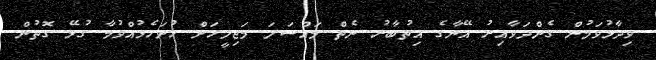
ވިދާޅުވަމުން ގެންދަވާއިރު އޭނާގެ އިތުބާރު ނެތް މައްސަލަ މަޖިލީހަށް ހުށަހެޅުއްވުމާ ގުޅޭ ގޮތުން